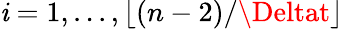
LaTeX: \mathit{i}=1,...,\lfloor(n-2)/\Deltat\rfloor